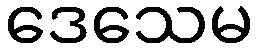
ဒေသေမ